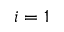
i = 1